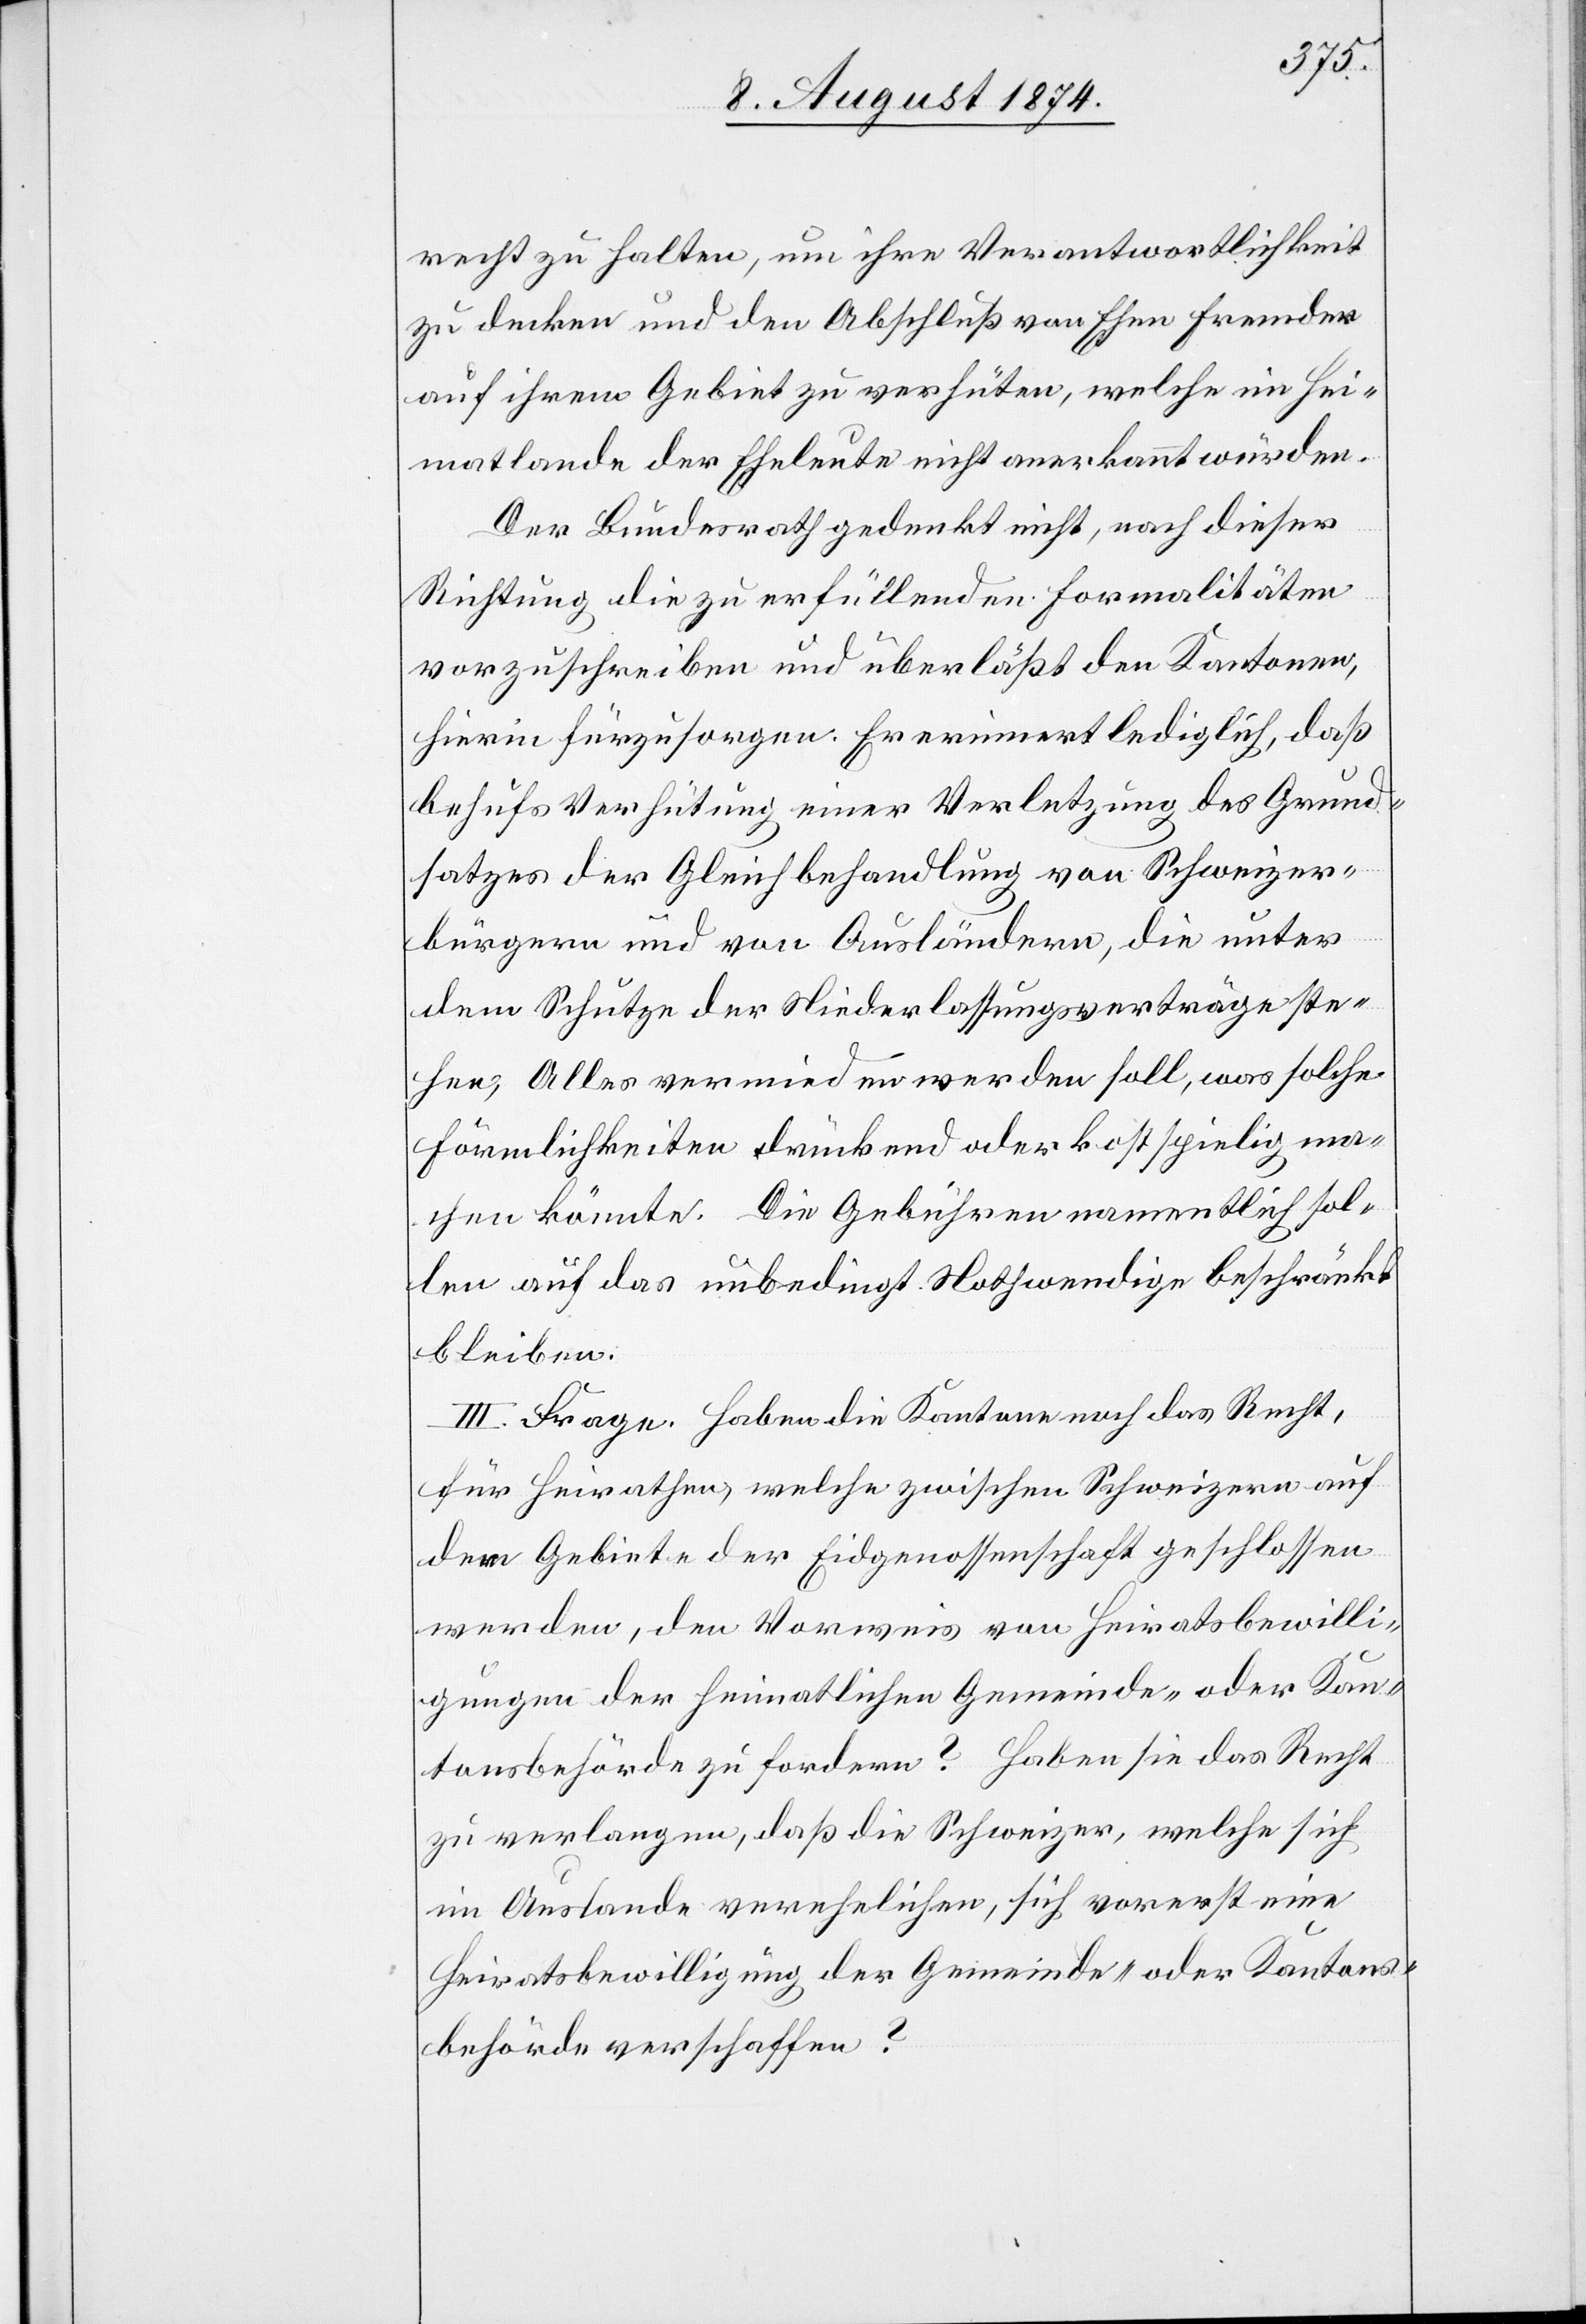
recht zu halten, um ihre Verantwortlichkeit
zu decken und den Abschluß von Ehen Fremder
auf ihrem Gebiet zu verhüten, welche im Hei¬
matlande der Eheleute nicht anerkannt würden.
Der Bundesrath gedenkt nicht, nach dieser
Richtung die zu erfüllenden Formalitäten
vorzuschreiben und überläßt den Kantonen,
hierin fürzusorgen. Er erinnert lediglich, daß
behufs Verhütung einer Verletzung des Grund¬
satzes der Gleichbehandlung von Schweizer¬
bürgern und von Ausländern, die unter
dem Schutze der Niederlassungsverträge ste¬
hen, Alles vermieden werden soll, was solche
Förmlichkeiten drückend oder kostspielig ma¬
chen könnte. Die Gebühren namentlich sol¬
len auf das unbedingt Nothwendige beschränkt
bleiben.
III. Frage. Haben die Kantone noch das Recht,
für Heirathen, welche zwischen Schweizern auf
dem Gebiete der Eidgenossenschaft geschlossen
werden, den Vorweis von Heiratsbewilli¬
gungen der heimatlichen Gemeinde- oder Kan¬
tonsbehörde zu fordern? Haben sie das Recht
zu verlangen, daß die Schweizer, welche sich
im Auslande verehelichen, sich vorerst eine
Heirathsbewilligung der Gemeinde- oder Kantons¬
behörde verschaffen?